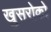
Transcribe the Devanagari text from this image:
खुसरोको